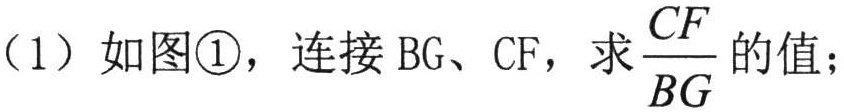
(1) 如图\textcircled{1}，连接$\text{BG}$、$\text{CF}$，求$\frac{CF}{BG}$的值；